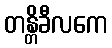
တန္တိခီလကေ